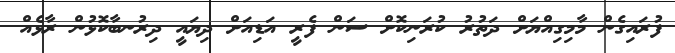
ފުރައިގެން މާމިގިއްޔަށް ދަތުރު ކުރަނިކޮށް ސަން ފެރީ އަޑިއަށް ދިޔައީ ދިރުނބާކޮޅުން ރާޅެއް